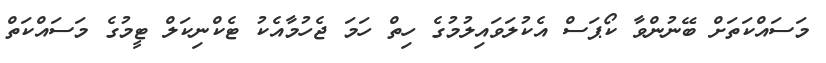
މަސައްކަތަށް ބޭނުންވާ ކޯޕަސް އެކުލަވައިލުމުގެ ހިތް ހަމަ ޖެހުމާއެކު ޓެކްނިކަލް ޓީމުގެ މަސައްކަތް